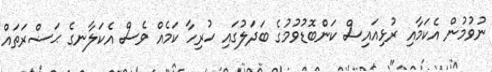
ނުވުމުން އެކަމާއި ރުޅިއައިސް ކަންބޮޑުވުމުގެ ބަދަލުގައި ހުރިހާ ކަމެއް ވެސް އެކަލާނގެ ޙަޟްރަތައް